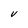
Character: V